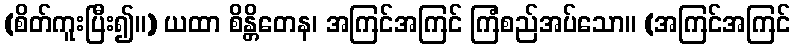
(စိတ်ကူးပြီး၍။) ယထာ စိန္တိတေန၊ အကြင်အကြင် ကြံစည်အပ်သော။ (အကြင်အကြင်